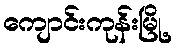
ကျောင်းကုန်းမြို့